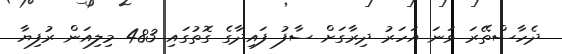
ދެހާސްތޭރަ ވަނަ އަހަރު ދިރާގަށް ސާފު ފައިދާގެ ގޮތުގައި 483 މިލިއަން ރުފިޔާ